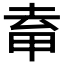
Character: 𭻈